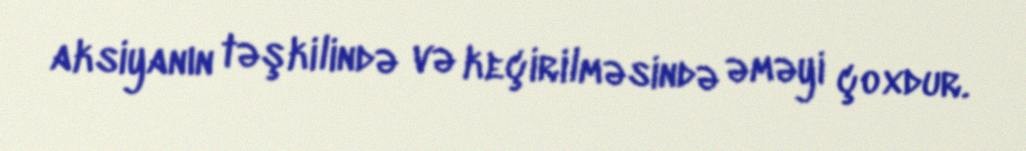
aksiyanın təşkilində və keçirilməsində əməyi çoxdur.